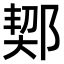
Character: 𨜒